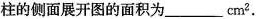
柱的侧面展开图的面积为___ cm^{2}。